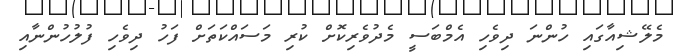
މެލޭޝިއާގައި ހުންނަ ދިވެހި އެމްބަސީ މެދުވެރިކޮށް ކުރި މަސައްކަތަށް ފަހު ދިވެހި ފުލުހުންނާއި